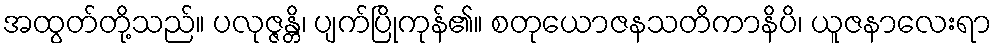
အထွတ်တို့သည်။ ပလုဇ္ဇန္တိ၊ ပျက်ပြိုကုန်၏။ စတုယောဇနသတိကာနိပိ၊ ယူဇနာလေးရာ